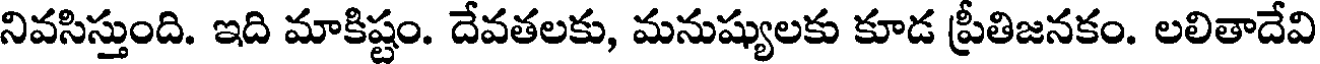
నివసిస్తుంది. ఇది మాకిష్టం. దేవతలకు, మనుష్యులకు కూడ ప్రీతిజనకం. లలితాదేవి